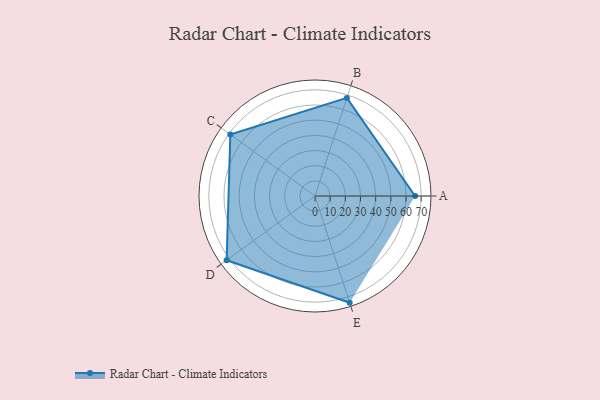
{"axis": {"x": "Skill", "y": "Score"}, "legend": ["Profile"], "data": [{"x": "A", "y": 66.0, "type": "Profile"}, {"x": "B", "y": 68.0, "type": "Profile"}, {"x": "C", "y": 69.0, "type": "Profile"}, {"x": "D", "y": 72.0, "type": "Profile"}, {"x": "E", "y": 74.0, "type": "Profile"}]}